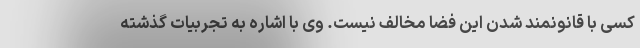
کسی با قانونمند شدن این فضا مخالف نیست. وی با اشاره به تجربیات گذشته